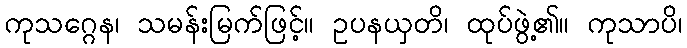
ကုသဂ္ဂေန၊ သမန်းမြက်ဖြင့်။ ဥပနယှတိ၊ ထုပ်ဖွဲ့၏။ ကုသာပိ၊